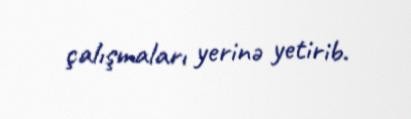
çalışmaları yerinə yetirib.